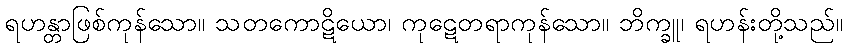
ရဟန္တာဖြစ်ကုန်သော။ သတကောဋိယော၊ ကုဋေတရာကုန်သော။ ဘိက္ခူ၊ ရဟန်းတို့သည်။